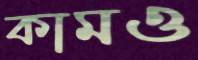
কামও